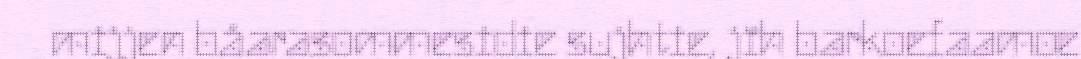
mijjen båarasommesidie sujhtie, jïh barkoefaamoe